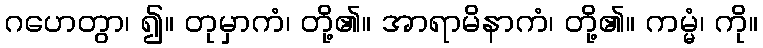
ဂဟေတွာ၊ ၍။ တုမှာကံ၊ တို့၏။ အာရာမိနာကံ၊ တို့၏။ ကမ္မံ၊ ကို။